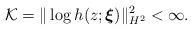
LaTeX: \begin{align*}\mathcal{K}=\|\log h(z;\boldsymbol{\xi})\|^2_{H^2}<\infty.\end{align*}